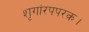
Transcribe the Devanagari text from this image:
शृगांरपपरक।